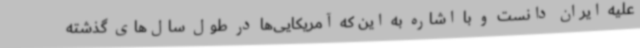
علیه ایران دانست و با اشاره به این که آمریکایی‌ها در طول سال‌های گذشته